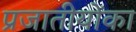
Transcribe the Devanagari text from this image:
प्रजातीयोंका